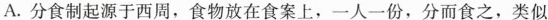
A.分食制起源于西周，食物放在食案上，一人一份，分而食之，类似